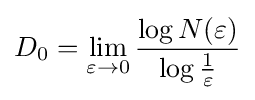
D_{0}=\lim _{\varepsilon \to 0}{\frac {\log N(\varepsilon )}{\log {\frac {1}{\varepsilon }}}}